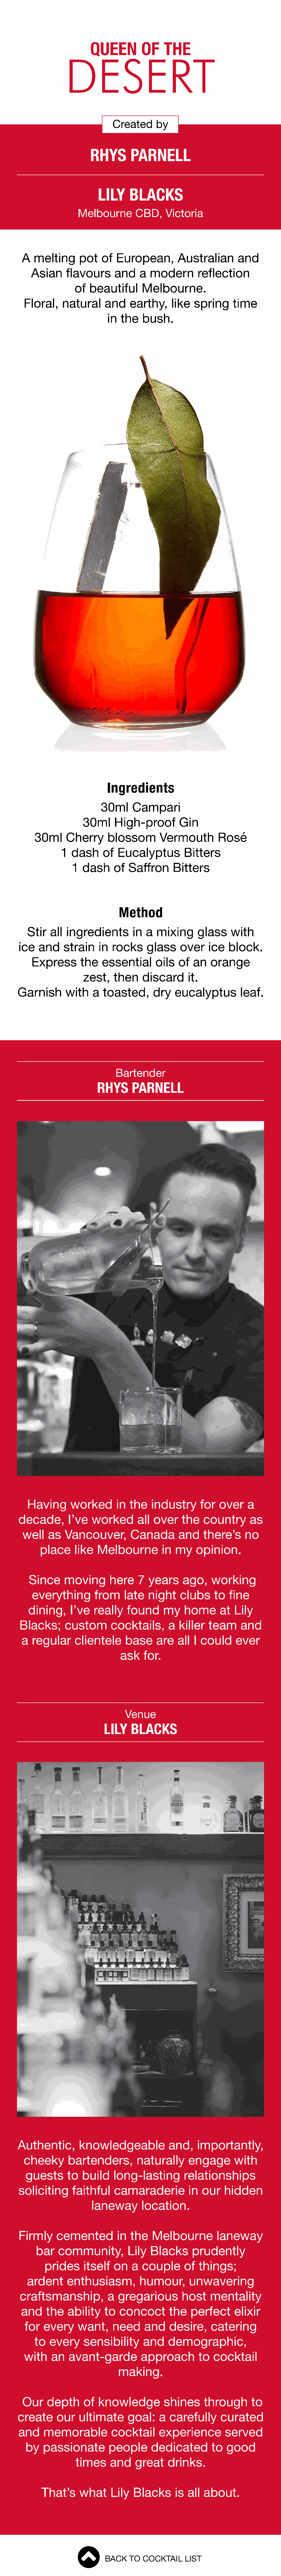
QUEEN          OF     THE
 DESERT
 Created      by
 RHYS        PARNELL
 LILY     BLACKS
 Melbourne        CBD,    Victoria
 A   melting      pot    of  European,         Australian       and
 Asian     flavours      and     a  modern        reflection
 of  beautiful      Melbourne.
 Floral,    natural      and    earthy,     like   spring     time
 in  the    bush.
 Ingredients
 30ml      Campari
 30ml     High-proof         Gin
 30ml     Cherry      blossom         Vermouth         Rosé
 1  dash     of  Eucalyptus          Bitters
 1  dash     of  Saffron      Bitters
 Method
 Stir   all ingredients         in  a  mixing      glass    with
 ice   and     strain    in  rocks     glass     over    ice   block.
 Express       the    essential      oils   of  an   orange
 zest,    then     discard      it.
 Garnish       with    a  toasted,       dry   eucalyptus         leaf.
 Bartender
 RHYS       PARNELL
 Having       worked       in  the   industry      for   over    a
 decade,        I’ve   worked       all  over    the   country       as
 well   as   Vancouver,         Canada        and    there’s     no
 place     like  Melbourne          in  my    opinion.
 Since      moving       here    7  years     ago,     working
 everything         from    late   night     clubs     to  fine
 dining,     I’ve   really    found      my    home      at  Lily
 Blacks;      custom       cocktails,       a  killer   team     and
 a  regular      clientele      base     are   all  I could     ever
 ask    for.
 Venue
 LILY    BLACKS
 Authentic,        knowledgeable             and,     importantly,
 cheeky       bartenders,         naturally      engage       with
 guests       to  build    long-lasting         relationships
 soliciting      faithful    camaraderie           in  our   hidden
 laneway       location.
 Firmly     cemented          in  the   Melbourne          laneway
 bar    community,          Lily   Blacks      prudently
 prides     itself   on   a  couple       of  things;
 ardent      enthusiasm,          humour,       unwavering
 craftsmanship,           a  gregarious         host    mentality
 and    the    ability   to   concoct       the    perfect     elixir
 for   every     want,     need     and    desire,      catering
 to  every     sensibility       and    demographic,
 with    an   avant-garde          approach         to  cocktail
 making.
 Our    depth     of   knowledge          shines      through      to
 create      our   ultimate      goal:    a  carefully      curated
 and     memorable          cocktail      experience          served
 by    passionate         people      dedicated         to  good
 times     and    great     drinks.
 That’s     what     Lily   Blacks      is  all about.
 BACK   TO  COCKTAIL    LIST